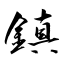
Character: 鎮